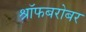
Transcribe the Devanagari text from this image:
श्रॉफबरोबर